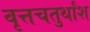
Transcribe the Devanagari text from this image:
वृत्तचतुर्थांश